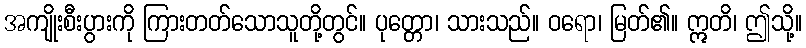
အကျိုးစီးပွားကို ကြားတတ်သောသူတို့တွင်။ ပုတ္တော၊ သားသည်။ ဝရော၊ မြတ်၏။ ဣတိ၊ ဤသို့။